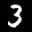
Label: 3